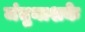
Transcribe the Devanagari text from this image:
जंतुनाशके